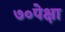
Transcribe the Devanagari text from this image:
७०पेक्षा